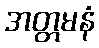
အတ္တမနံ